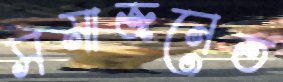
সমাজনেত